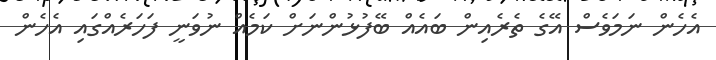
އެހެން ނަމަވެސް އޭގެ ތެރެއިން ބައެއް ބޭފުޅުންނަށް ކަމެއް ނުވަނީ ފަހަރެއްގައި އެހެން